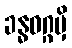
ခန္ဓဝဂ္ဂမှိ